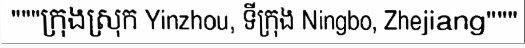
"""ក្រុងស្រុក Yinzhou, ទីក្រុង Ningbo, Zhejiang"""